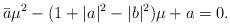
LaTeX: \begin{align*}\bar a\mu^2-(1+|a|^2-|b|^2)\mu+a=0.\end{align*}